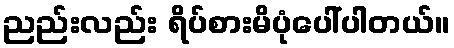
ညည်းလည်း ရိပ်စားမိပုံပေါ်ပါတယ်။